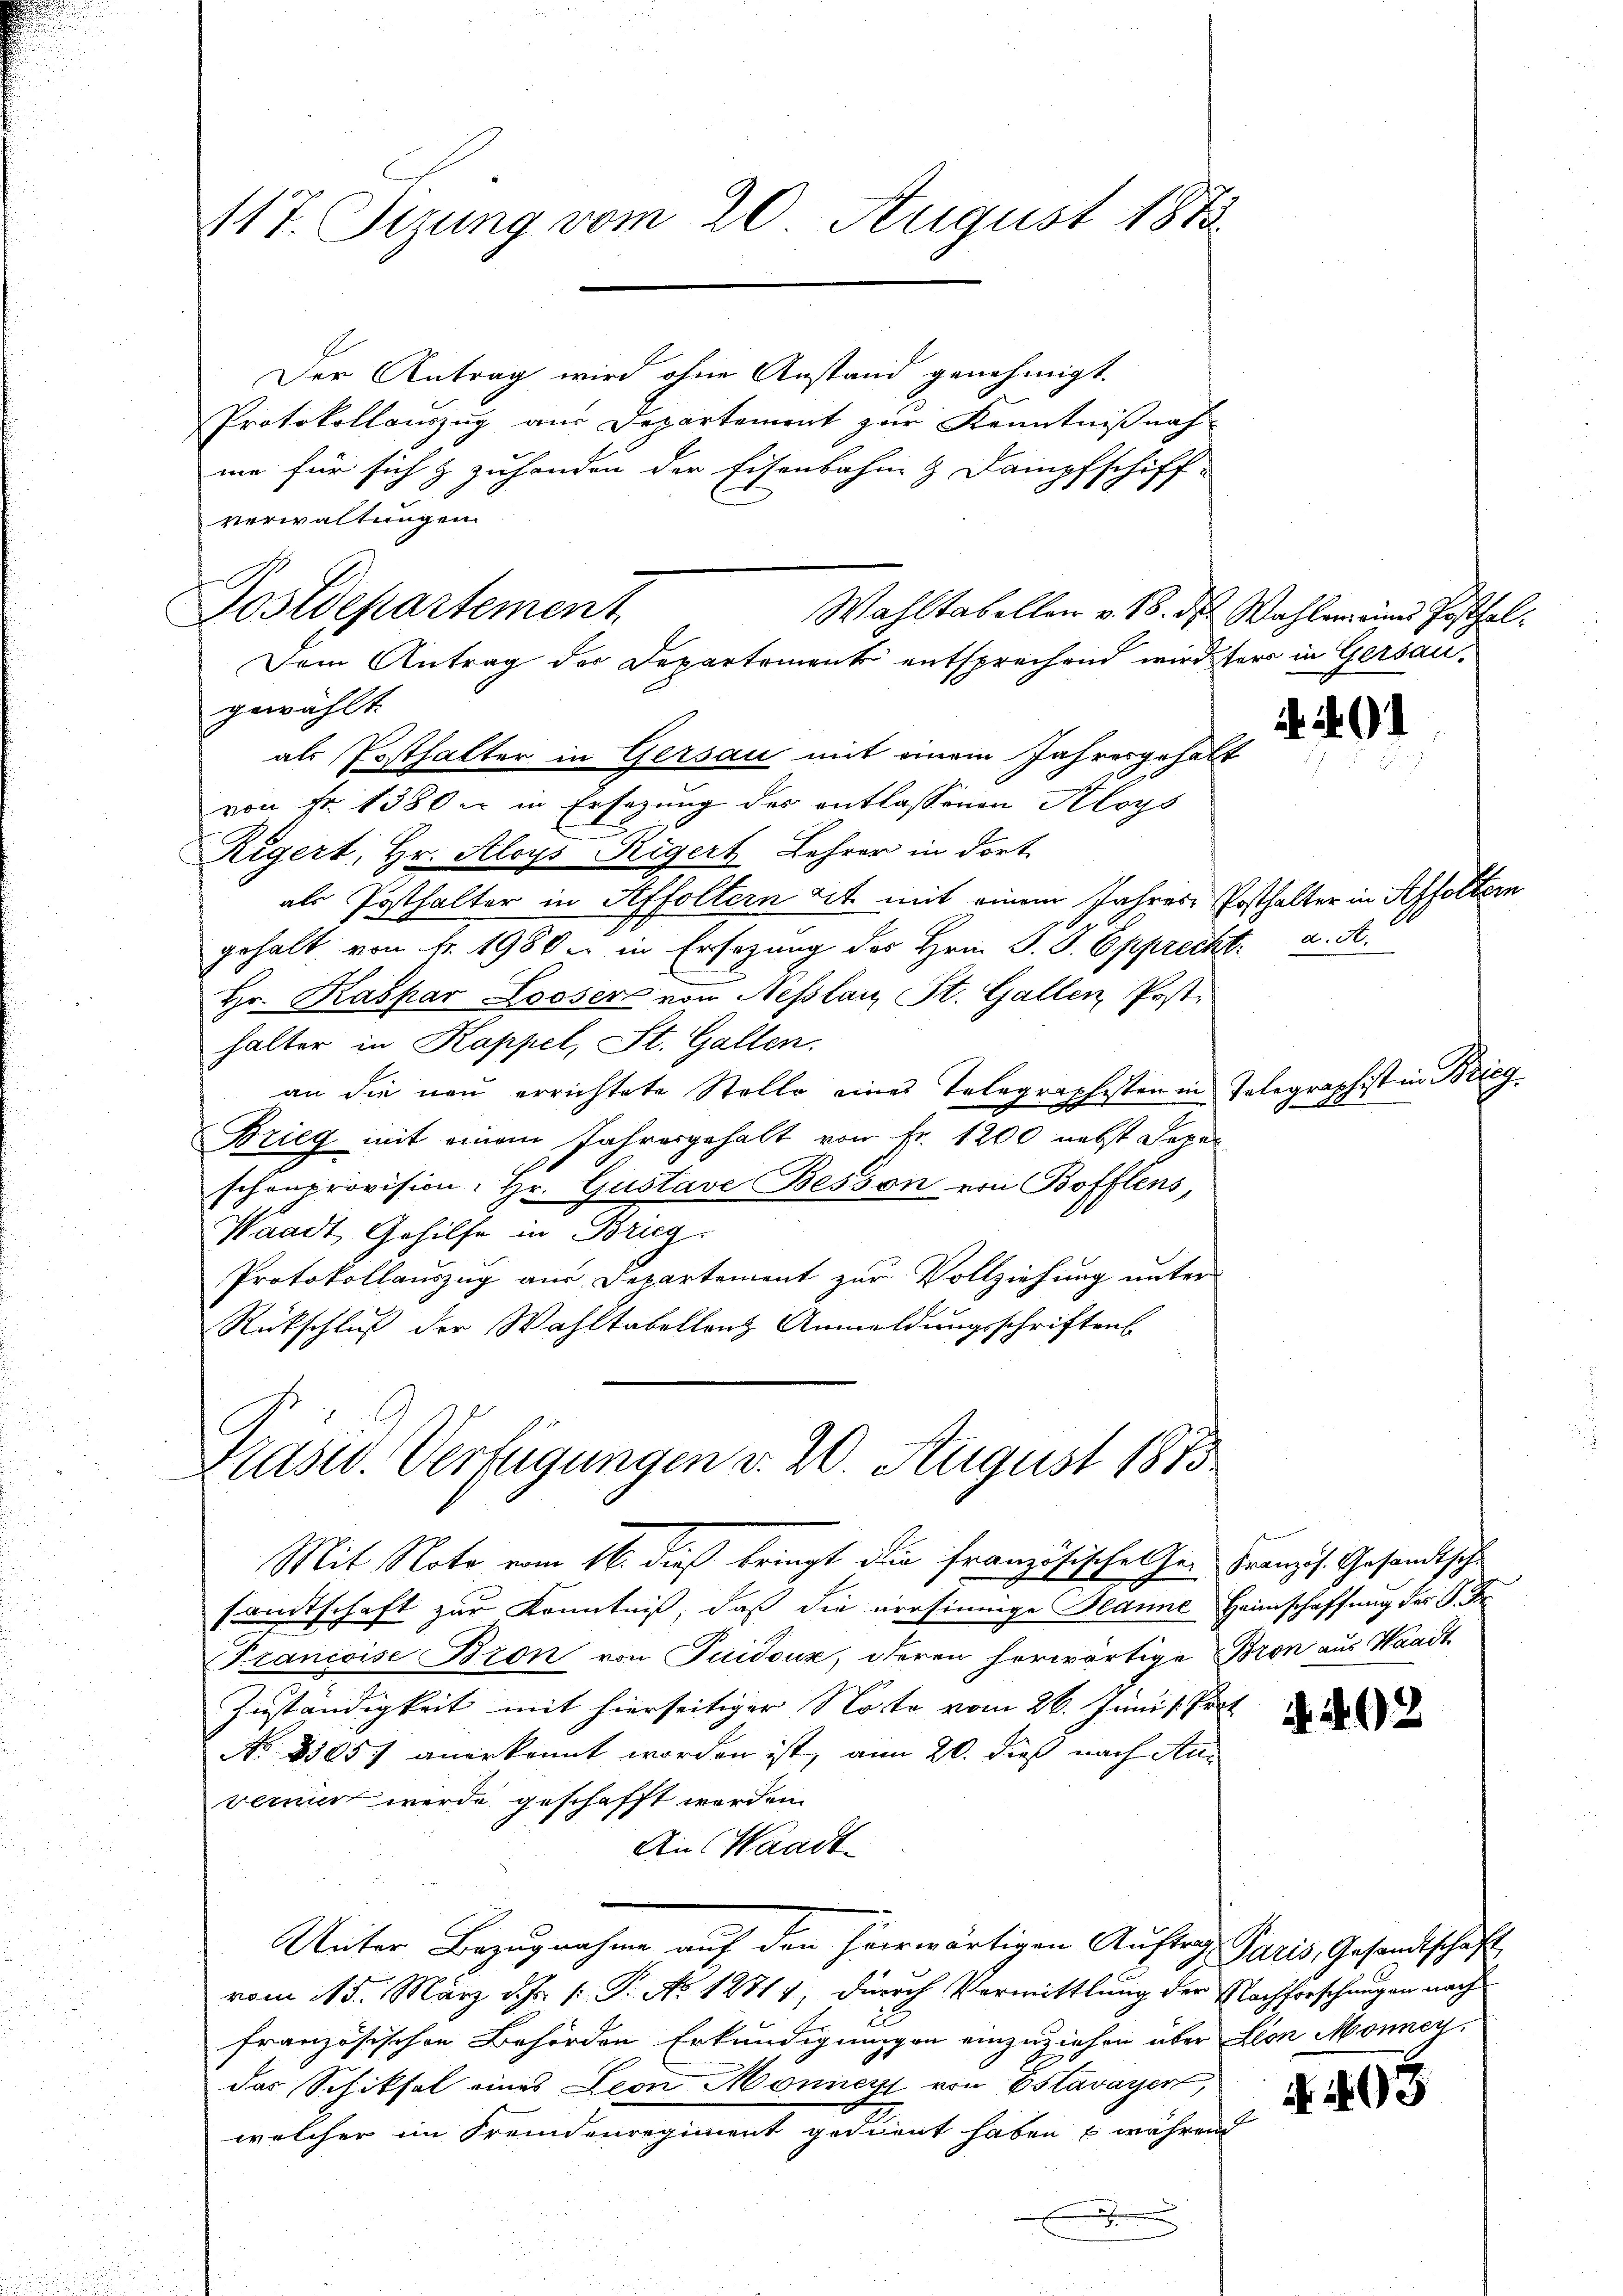
117 Sizung vom 20. August 1873.

Der Antrag wird ohne Anstand genehmigt.
Protokollauszug aus Departement zur Kenntnißnah-
ne für sich & zuhanden der Eisenbahne & Dampfschiff-
verwaltungen.
Wahltabellen v. 18. ds. Wahler eines Posthalgewählt.
als Posthalter in Gersau mit einem Jahresgehalt
von Fr. 1380 xr in Ersezung des entlassenen Aloys
Rigert, Hr. Aloys Rigert Lehrer in dort
als Posthalter in Affoltern zeit mit einem Jahres Posthalter in Affoltern
gehalt von fr. 1980 - in Ersatzung des Hrn. S. S. Epprecht: a. A.
Hr. Kaspar Looser von Neßlanz St. Gallen Post-
halter in Kappel, St. Gallen.
an die neu errichtete Stelle eines Telegraphisten in Telegraphist in Brieg
Brieg mit einem Jahresgehalt von Fr. 1200 nebst Separ
schenprovision: Hr. Gustave Besson von Bofflens,
Waadt, Gehilfe in Brieg.
Protokollauszug aus Departement zur Vollziehung unter
Rückschluß der Wahltabellenz Anmeldungsschriften

Postdepartement

Mit Note vom 16. dieß bringt die französisches her Franzis. Gesandtsche
sandtschaft zur Kenntniß, daß die versinnige Hanne Heimschaffung der S.
Franccise Bron von Tuidouz, deren herwärtige Bron aus Waadt
Zuständigkeit mit hierseitiger Note vom 26. Juni l. Prot
No 8505 f anerkannt worden ist, am 20. dieß nach Anverniert werde geschafft werden.
An Waadt
Unter Bezugnahme auf den hierwärtigen Auftrag. Paris, Gesandtschaft,
vom 15. März d. Js. [: P. No 12317, durch Vermittlung der Nachforschungen nach
französischen Behörden Erkundigungen einzuziehen über Lion Monnen.
das Schiksal eines Leon Monnert von Estavayer,
welcher im Fremdenregiment gedient haben während
.

Dem Antrag der Departement entsprechend wird für in Gersau¬

Krasw. Verfügungen v. 20. August 1875

. N. 91

A 492

4. 463.